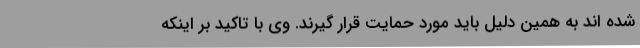
شده اند به همین دلیل باید مورد حمایت قرار گیرند. وی با تاکید بر اینکه